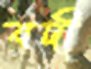
বদী